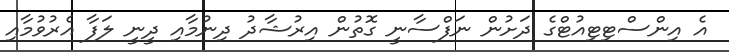
އެ އިންސްޓިޓިއުޓްގެ ދަށުން ނަފްސާނީ ގޮތުން އިރުޝާދު ދިނުމާއި ދީނީ ލަފާ އެރުވުމާއި